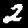
Label: 2